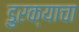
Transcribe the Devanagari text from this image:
डुरक्याचा